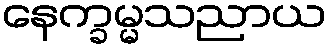
နေက္ခမ္မသညာယ